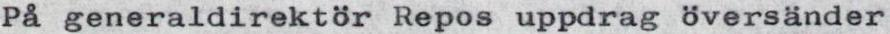
På generaldirektör Repos uppdrag översänder